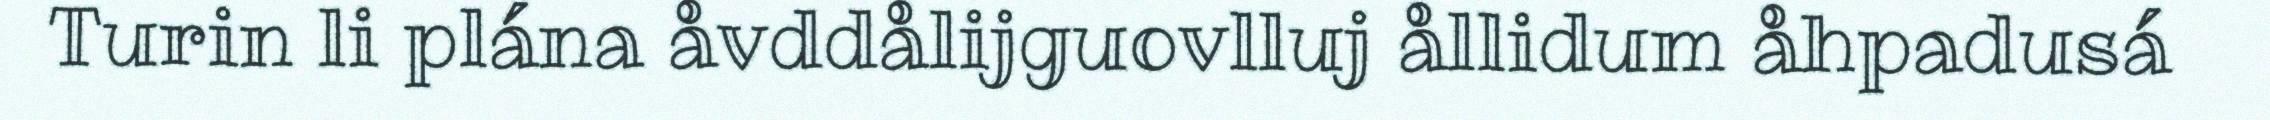
Turin li plána åvddålijguovlluj ållidum åhpadusá